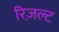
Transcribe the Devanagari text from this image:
रिज़ल्ट